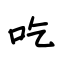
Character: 吃